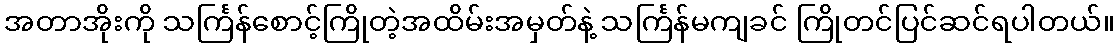
အတာအိုးကို သင်္ကြန်စောင့်ကြိုတဲ့အထိမ်းအမှတ်နဲ့ သင်္ကြန်မကျခင် ကြိုတင်ပြင်ဆင်ရပါတယ်။